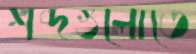
শব্দগুলোতে